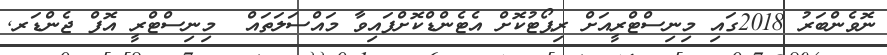
ނޮވެންބަރު 2018ގައި މިނިސްޓްރީއަށް ރިޕޯޓުކޮށް އެޓެންޑްކޮށްފައިވާ މައްސަލަތައް  މިނިސްޓްރީ އޮފް ޖެންޑަރ